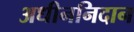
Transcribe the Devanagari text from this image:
अधीननिदान